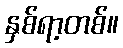
နှစ်ရာ့တစ်။